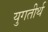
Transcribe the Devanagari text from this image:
युगतीर्थ